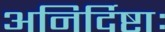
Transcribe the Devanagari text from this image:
अनिर्दिष्टाः